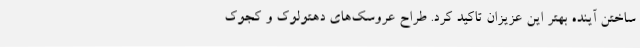
ساختن آینده بهتر این عزیزان تاکید کرد. طراح عروسک‌های دهتولوک و کجوک